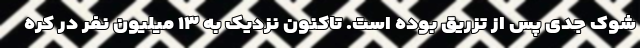
شوک جدی پس از تزریق بوده است. تاکنون نزدیک به ۱۳ میلیون نفر در کره